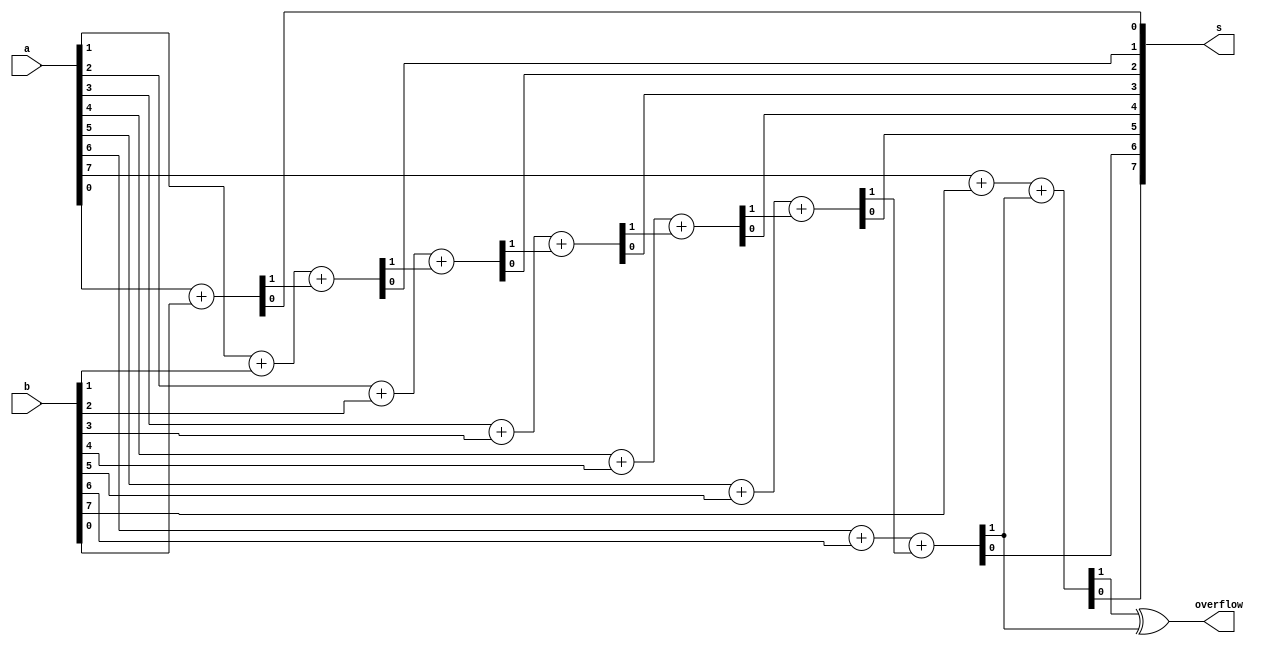
module top_module (
    input [7:0] a,
    input [7:0] b,
    output [7:0] s,
    output overflow
);
 
    reg [7:0] cout;
    assign {cout[0],s[0]} = a[0]+b[0], 
    {cout[1],s[1]} = a[1]+b[1]+cout[0],
    {cout[2],s[2]} = a[2]+b[2]+cout[1],
    {cout[3],s[3]} = a[3]+b[3]+cout[2],
    {cout[4],s[4]} = a[4]+b[4]+cout[3],
    {cout[5],s[5]} = a[5]+b[5]+cout[4],
    {cout[6],s[6]} = a[6]+b[6]+cout[5],
    {cout[7],s[7]} = a[7]+b[7]+cout[6];

    
    assign overflow = cout[7] ^ cout[6];

endmodule